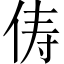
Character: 俦